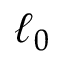
\ell _ { 0 }